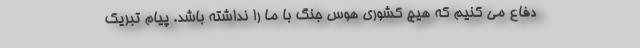
دفاع می کنیم که هیچ کشوری هوس جنگ با ما را نداشته باشد. پیام تبریک